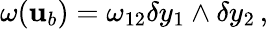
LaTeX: \omega({\mathbf{u}}_{b})=\omega_{12}\delta y_{1}\wedge\delta y_{2}\, ,